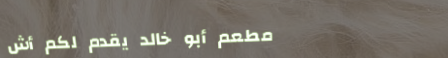
مطعم أبو خالد يقدم لكم أش